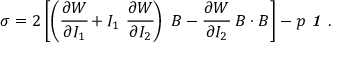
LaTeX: { \boldsymbol { \sigma } } = 2 \left[ \left( { \cfrac { \partial W } { \partial I _ { 1 } } } + I _ { 1 } ~ { \cfrac { \partial W } { \partial I _ { 2 } } } \right) ~ { \boldsymbol { B } } - { \cfrac { \partial W } { \partial I _ { 2 } } } ~ { \boldsymbol { B } } \cdot { \boldsymbol { B } } \right] - p ~ { \boldsymbol { \mathit { 1 } } } ~ .